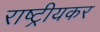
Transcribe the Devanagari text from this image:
राष्ट्रीयकर